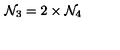
{ \cal N } _ { 3 } = 2 \times { \cal N } _ { 4 }